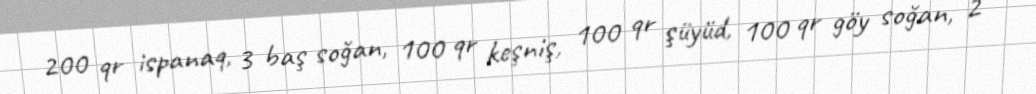
200 qr ispanaq, 3 baş soğan, 100 qr keşniş, 100 qr şüyüd, 100 qr göy soğan, 2